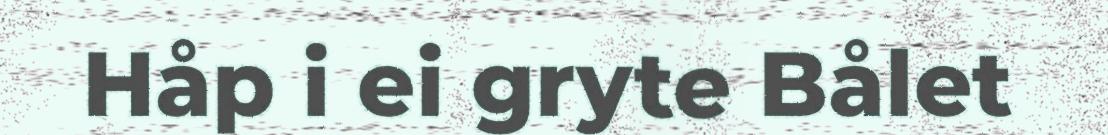
Håp i ei gryte Bålet